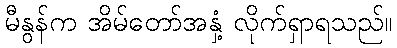
မီနွန်က အိမ်တော်အနှံ့ လိုက်ရှာရသည်။